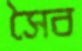
সৈব